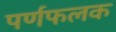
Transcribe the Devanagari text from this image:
पर्णफलक